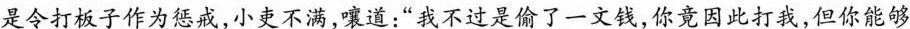
是令打板子作为惩戒，小吏不满，嚷道：”我不过是偷了一文钱，你竟因此打我，但你能够